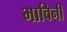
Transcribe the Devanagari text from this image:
भाविनी